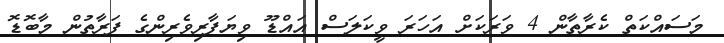
މަސައްކަތް ކެރާތާން 4 ވަރަކަށް އަހަރަ ވީކަލަސް އައްޑޫ ވިޔަފާރިވެރިންގެ ފަރާތުން މާބޮޑޮ